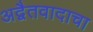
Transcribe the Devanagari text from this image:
अद्वैतवादाचा